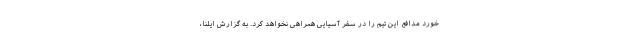
خورد مدافع این تیم را در سفر آسیایی همراهی نخواهد کرد. به گزارش ایلنا،